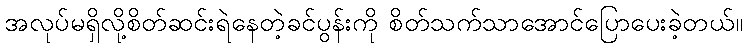
အလုပ်မရှိလို့စိတ်ဆင်းရဲနေတဲ့ခင်ပွန်းကို စိတ်သက်သာအောင်ပြောပေးခဲ့တယ်။